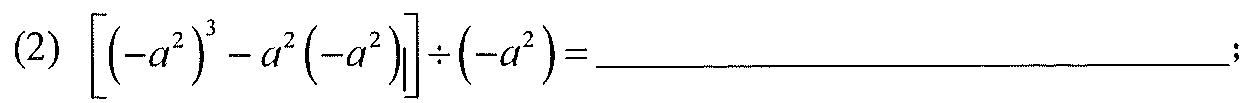
(2) $\left[\left(-a^{2}\right)^{3}-a^{2}\left(-a^{2}\right)\right] \div\left(-a^{2}\right)=$ __________________;